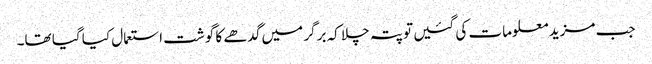
جب مزید معلومات کی گئیں تو پتہ چلا کہ برگر میں گدھے کا گوشت استعمال کیا گیا تھا۔